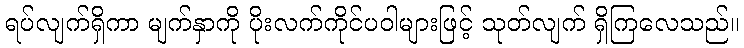
ရပ်လျက်ရှိကာ မျက်နှာကို ပိုးလက်ကိုင်ပဝါများဖြင့် သုတ်လျက် ရှိကြလေသည်။